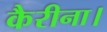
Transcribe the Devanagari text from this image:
कैरीना।